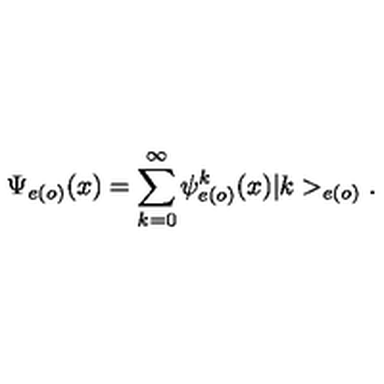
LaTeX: \Psi _ { e ( o ) } ( x ) = \sum _ { k = 0 } ^ { \infty } \psi _ { e ( o ) } ^ { k } ( x ) | k > _ { e ( o ) } .